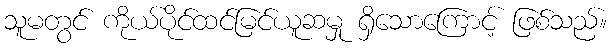
သူမတွင် ကိုယ်ပိုင်ထင်မြင်ယူဆမှု ရှိသောကြောင့် ဖြစ်သည်။